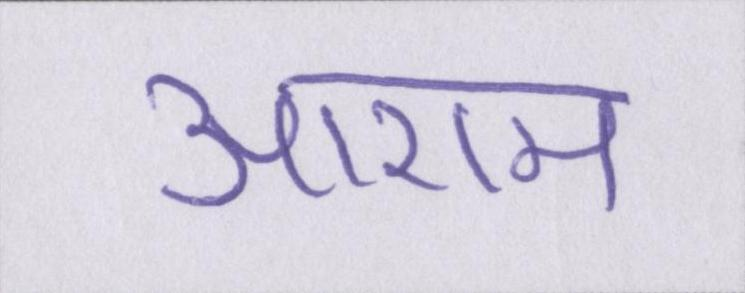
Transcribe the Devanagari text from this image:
आराम